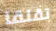
تقلقا